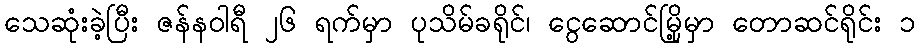
သေဆုံးခဲ့ပြီး ဇန်နဝါရီ ၂၆ ရက်မှာ ပုသိမ်ခရိုင်၊ ငွေဆောင်မြို့မှာ တောဆင်ရိုင်း ၁